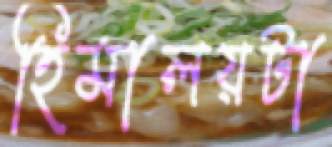
হিমালয়টা